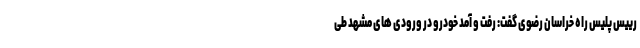
رییس پلیس راه خراسان رضوی گفت: رفت و آمد خودرو در ورودی های مشهد طی